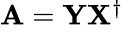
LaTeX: \begin{array}{r}{\mathbf{A}=\mathbf{Y}\mathbf{X}^{\dagger}}\end{array}